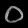
Digit: ၀